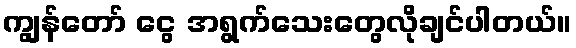
ကျွန်တော် ငွေ အရွက်သေးတွေလိုချင်ပါတယ်။